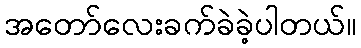
အတော်လေးခက်ခဲခဲ့ပါတယ်။